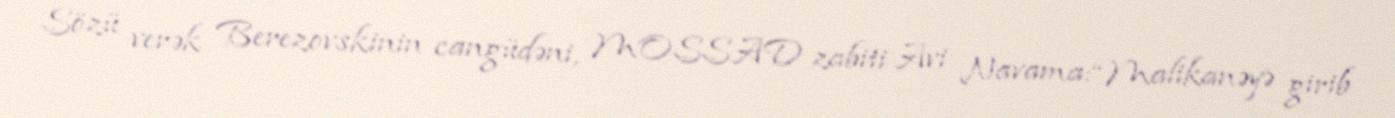
Sözü verək Berezovskinin cangüdəni, MOSSAD zabiti Avi Navama:“Malikanəyə girib